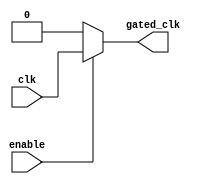
module clock_gating(
    input wire clk,      // Primary clock input
    input wire enable,   // Enable signal for gating
    output reg gated_clk // Gated clock output
);

    // Clock Gating Logic
    always @(*) begin
        if (enable) begin
            gated_clk = clk; // When enabled, pass through the clock
        end else begin
            gated_clk = 1'b0; // When disabled, hold clock low
        end
    end

endmodule